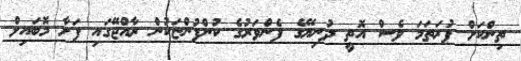
ތިންކަށް ފުރަތަމަ ވެސް އޮތީ ދުނިޔޭގެ ފެންވަރުގެ ކުންފުންޏަކުން ރާއްޖޭގައި ފަށާ މޮބައިލް